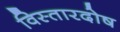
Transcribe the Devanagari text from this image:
विस्तारदोष